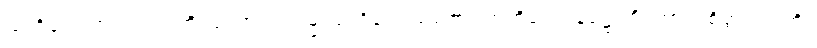
သင်္ကပ္ပေါ၊ တည်း။ ဣတိ၊ ကြောင့်။ သမ္မာသင်္ကပ္ပေါ၊ မည်၏။ အဘိရောပနဋ္ဌောတိ၊ ကား။ စိတ္တဿ၊ ကို။